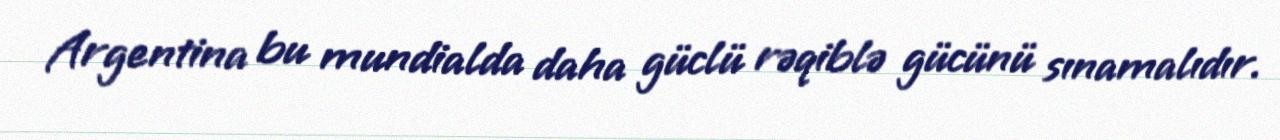
Argentina bu mundialda daha güclü rəqiblə gücünü sınamalıdır.